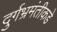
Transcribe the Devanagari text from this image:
दुर्गभ्रमंतीकडे